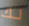
لك